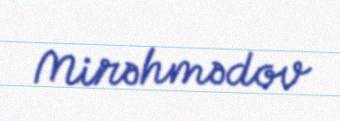
Mirəhmədov